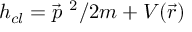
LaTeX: h _ { c l } = \vec { p } ^ { ~ 2 } / 2 m + V ( \vec { r } )